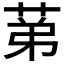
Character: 𦯔